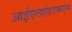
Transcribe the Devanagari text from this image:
आईएलएंडएफएस